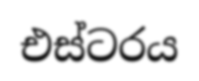
එස්ටරය